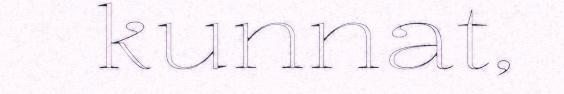
kunnat,